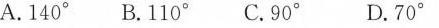
A.140°B.110°C.90° D.70°